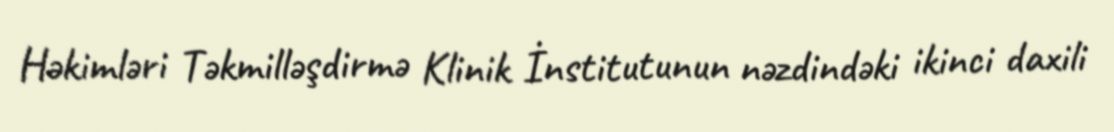
Həkimləri Təkmilləşdirmə Klinik İnstitutunun nəzdindəki ikinci daxili